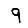
Digit: 9